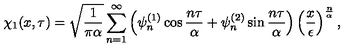
\chi _ { 1 } ( x , \tau ) = \sqrt { \frac { 1 } { \pi \alpha } } \sum _ { n = 1 } ^ { \infty } \left( \psi _ { n } ^ { ( 1 ) } \cos { \frac { n \tau } { \alpha } } + \psi _ { n } ^ { ( 2 ) } \sin { \frac { n \tau } { \alpha } } \right) \left( { \frac { x } { \epsilon } } \right) ^ { \frac { n } { \alpha } } ,